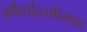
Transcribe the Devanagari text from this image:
वर्षपर्यन्तश्रीगणेश